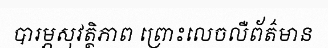
បារម្ភសុវត្ថិភាព ព្រោះលេចលឺព័ត៌មាន